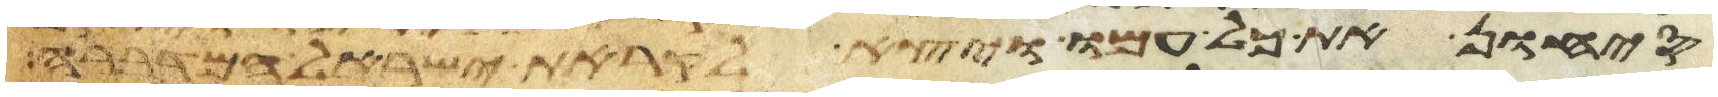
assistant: סיחון את כל עמו ויצא לקראת ישראל המדברה